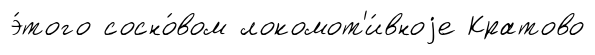
э́того сосно́вом локомот'и́вноjе Кратово